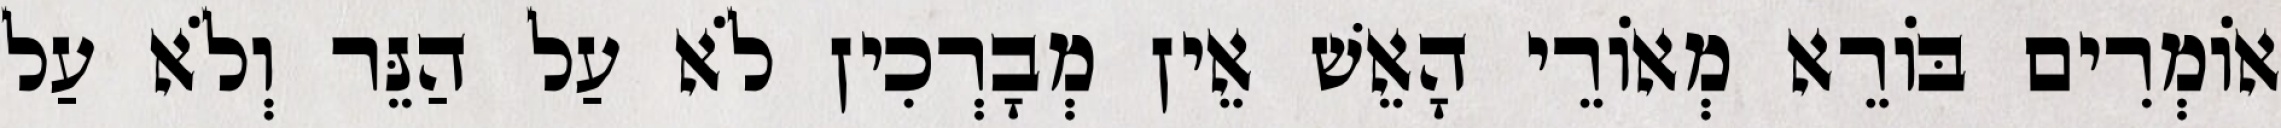
אוֹמְרִים בּוֹרֵא מְאוֹרֵי הָאֵשׁ אֵין מְבָרְכִין לֹא עַל הַנֵּר וְלֹא עַל